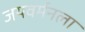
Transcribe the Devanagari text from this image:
जयवर्मनला